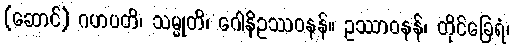
(ဆောင်) ဂဟပတိ၊ သမ္မုတိ၊ ဂေါနိဥဿဝနန်။ ဥဿာဝနန်၊ တိုင်ခြေရံ၊